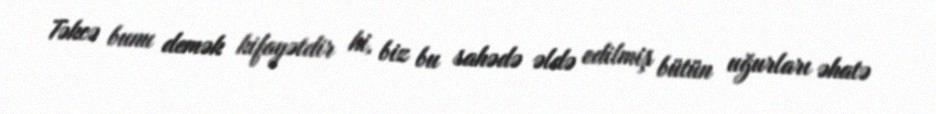
Təkcə bunu demək kifayətdir ki, biz bu sahədə əldə edilmiş bütün uğurları əhatə